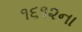
૧૬૧૨ના